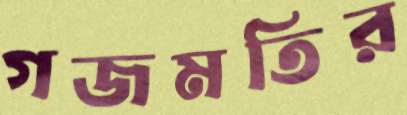
গজমতির